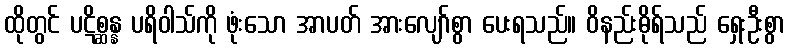
ထိုတွင် ပဋိစ္ဆန္န ပရိဝါသ်ကို ဖုံးသော အာပတ် အားလျော်စွာ ပေးရသည်။ ဝိနည်းဓိုရ်သည် ရှေးဦးစွာ